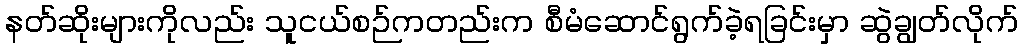
နတ်ဆိုးများကိုလည်း သူငယ်စဉ်ကတည်းက စီမံဆောင်ရွက်ခဲ့ရခြင်းမှာ ဆွဲချွတ်လိုက်